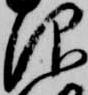
仰